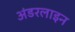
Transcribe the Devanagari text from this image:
अंडरलाइन